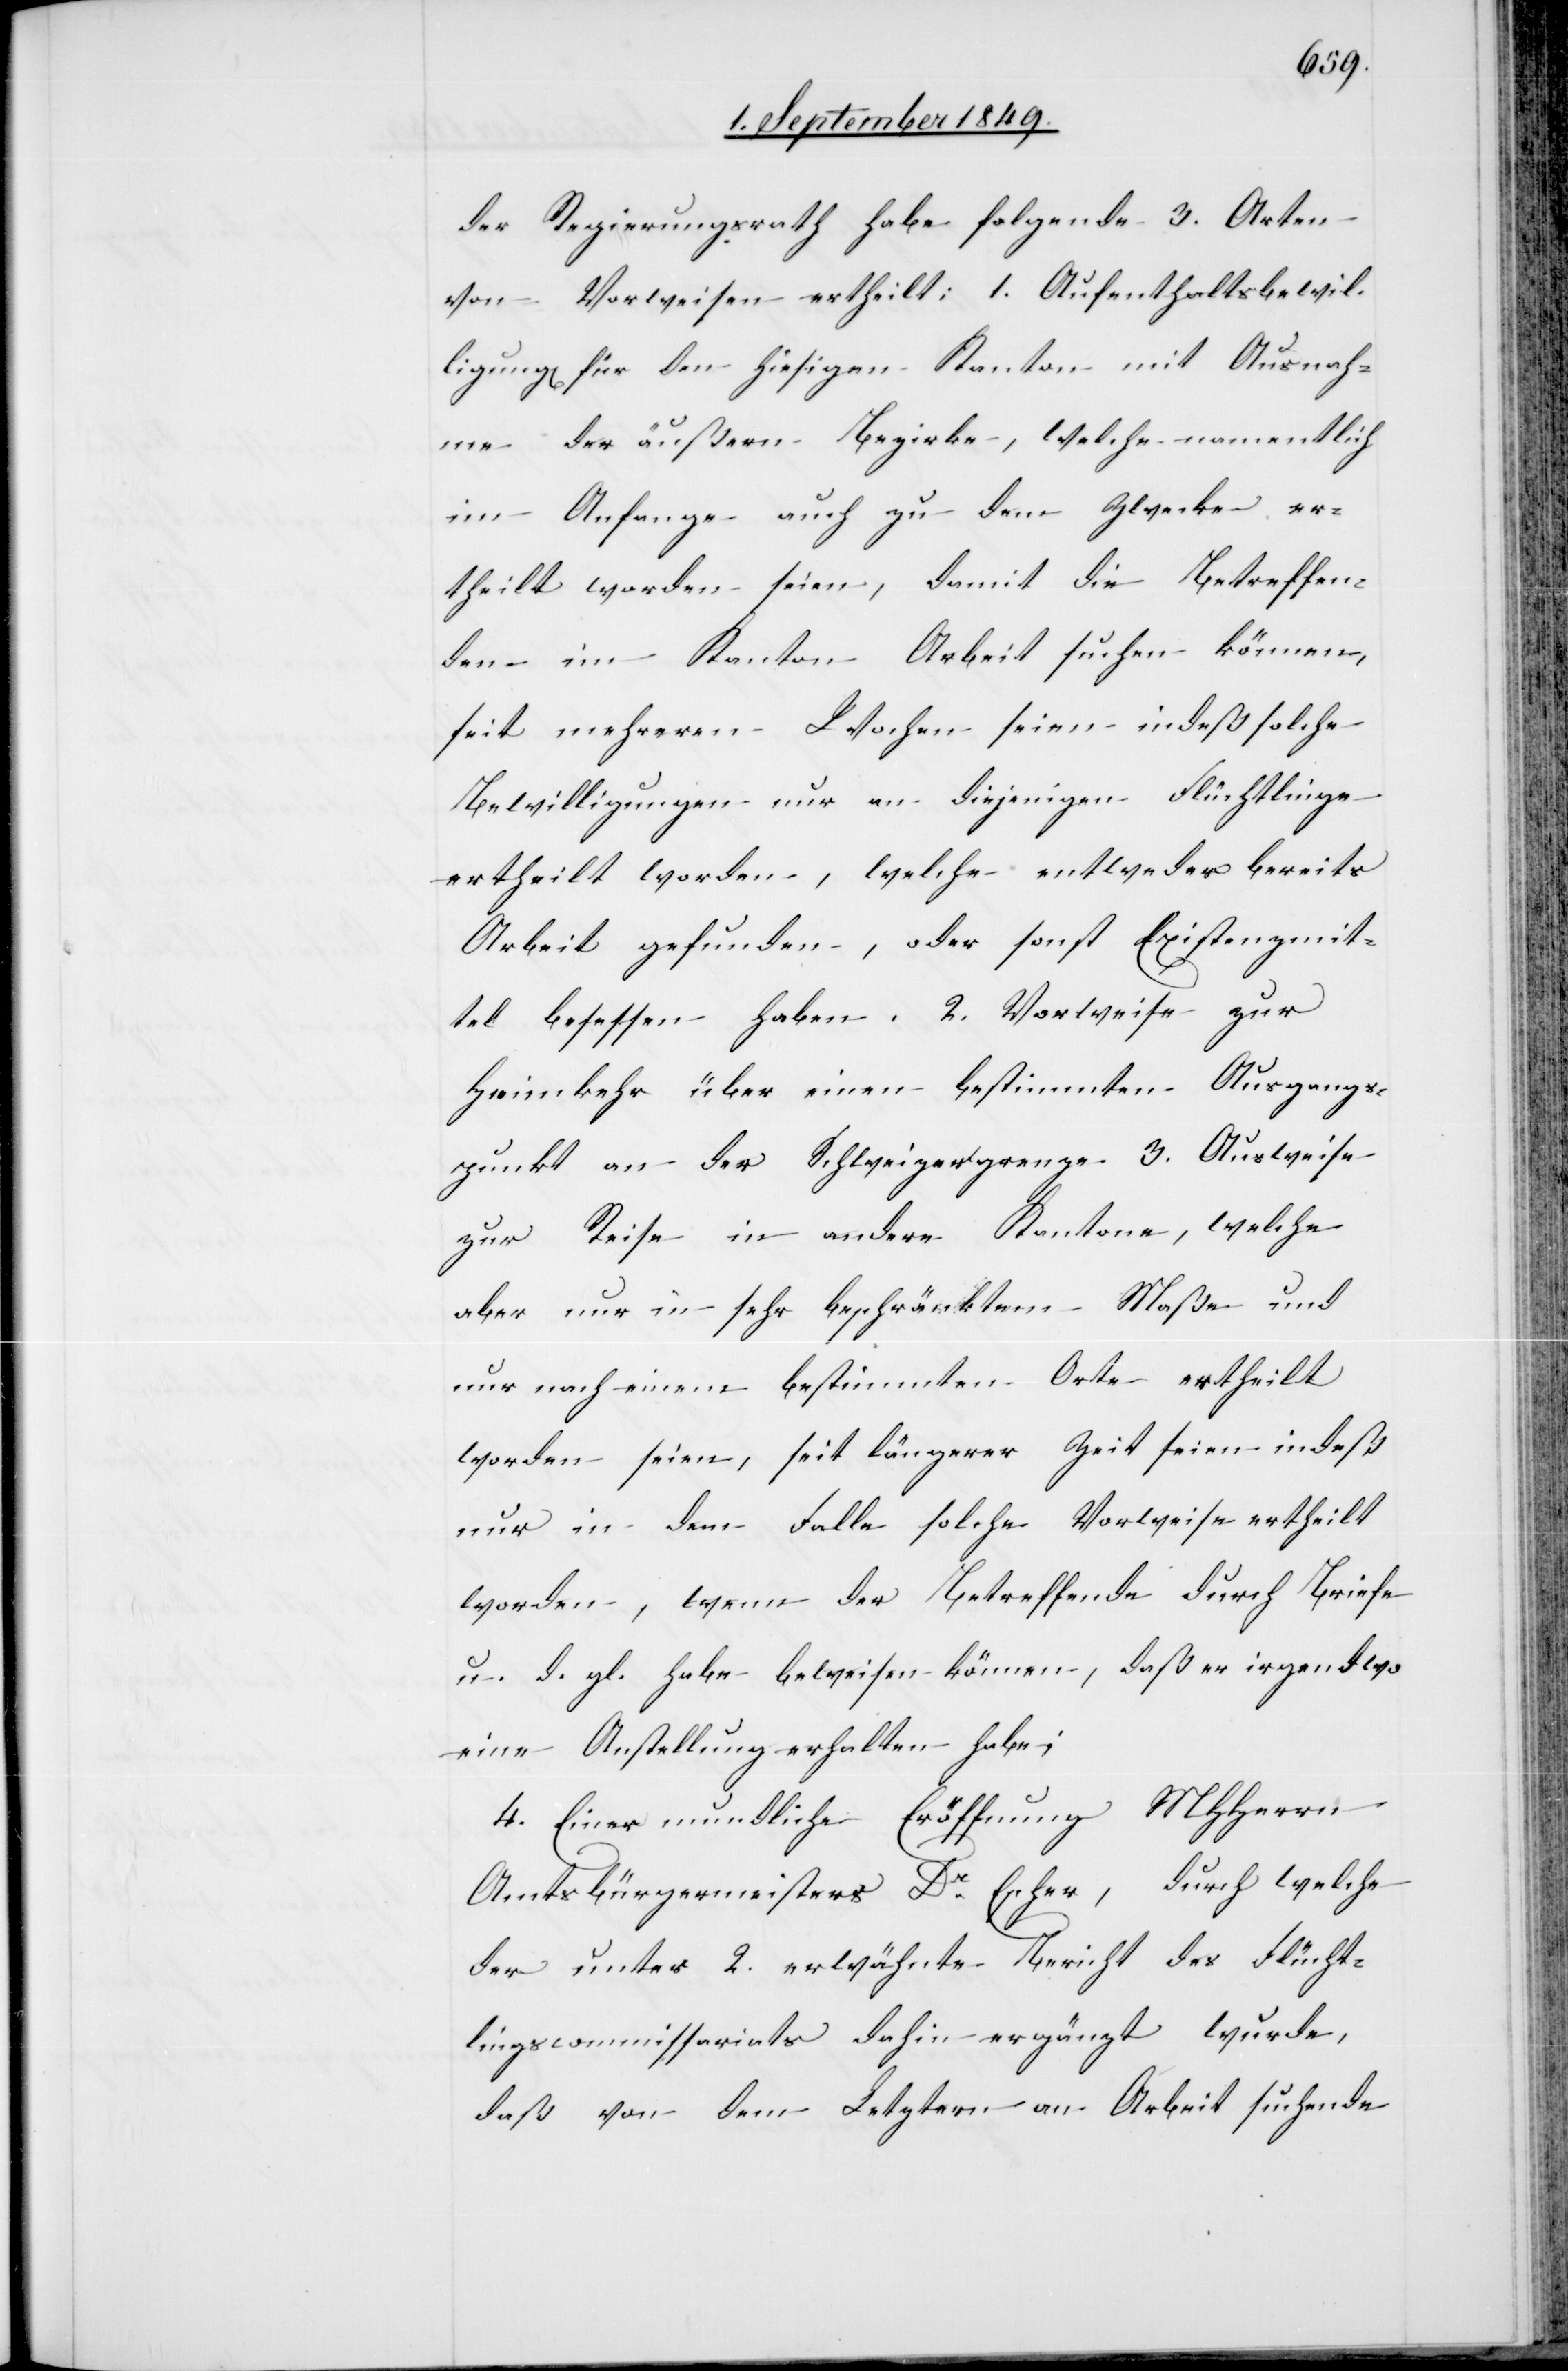
der Regierungsrath habe folgende 3. Arten
von Vorweisen ertheilt; 1. Aufenthaltsbewil¬
ligung[en] für den hiesigen Kanton mit Ausnah¬
me der äußern Bezirke, welche namentlich
im Anfange auch zu dem Zwecke er¬
theilt worden seien, damit die Betreffen¬
den im Kanton Arbeit suchen können,
seit mehreren Wochen seien indeß solche
Bewilligungen nur an diejenigen Flüchtlinge
ertheilt worden, welche entweder bereits
Arbeit gefunden, oder sonst Existenzmit¬
tel besessen haben. 2. Vorweise zur
Heimkehr über einen bestimmten Ausgangs¬
punkt an der Schweizergrenze 3. Ausweise
zur Reise in andere Kantone, welche
aber nur in sehr beschränktem Maße und
nur nach einem bestimmten Orte ertheilt
worden seien, seit längerer Zeit seien indeß
nur in dem Falle solche Vorweise ertheilt
worden, wenn der Betreffende durch Briefe
u. d. gl. habe beweisen können, daß er irgendwo
eine Anstellung erhalten habe;
4. Einer mundliche[n] Eröffnung MHHerrn
Amtsbürgermeisters Dr Escher, durch welche
der unter 2. erwähnte Bericht des Flücht¬
lingscommissariats dahin ergänzt wurde,
daß von dem Letztern an Arbeit suchende